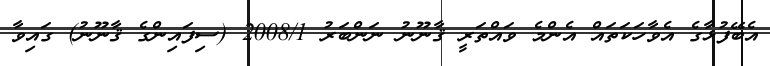
އެބޭފުޅާގެ އެވާހަކަތައް އެންމެ ވައްތަރީ ޤާނޫނު ނަންބަރު 2008/1 (ސިފައިންގެ ޤާނޫނު) ގައިވާ